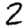
Digit: 2